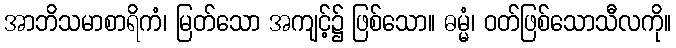
အာဘိသမာစာရိကံ၊ မြတ်သော အကျင့်၌ ဖြစ်သော။ ဓမ္မံ၊ ဝတ်ဖြစ်သောသီလကို။